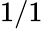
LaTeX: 1/1